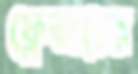
ফ্লেভারের